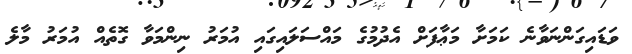
ވަޑައިގަންނަވާނެ ކަމަށާ މަޢާފަށް އެދުމުގެ މައްސަލައިގައި އުމަރު ނިންމަވާ ގޮތެއް އުމަރު މާލެ